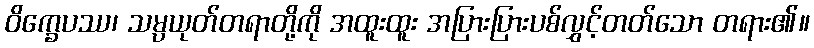
ဝိက္ခေပဿ၊ သမ္ပယုတ်တရာတို့ကို အထူးထူး အပြားပြားပစ်လွှင့်တတ်သော တရား၏။